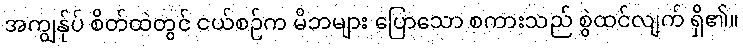
အကျွန်ုပ် စိတ်ထဲတွင် ငယ်စဉ်က မိဘများ ပြောသော စကားသည် စွဲထင်လျက် ရှိ၏။